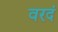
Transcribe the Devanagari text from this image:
वरदं